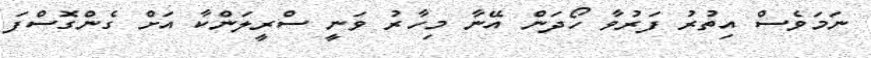
ނަމަވެސް އިތުރު ފަރުވާ ހޯދަން އޭނާ މިހާރު ވަނީ ސްރީލަންކާ އަށް ގެންގޮސްފަ